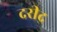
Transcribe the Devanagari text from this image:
दरीद